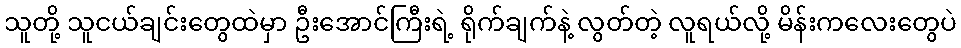
သူတို့ သူငယ်ချင်းတွေထဲမှာ ဦးအောင်ကြီးရဲ့ ရိုက်ချက်နဲ့ လွတ်တဲ့ လူရယ်လို့ မိန်းကလေးတွေပဲ